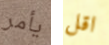
يأمر اقل